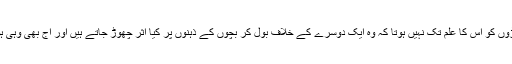
شائد بڑوں کو اس کا علم تک نہیں ہوتا کہ وہ ایک دوسرے کے خلاف بول کر بچوں کے ذہنوں پر کیا اثر چھوڑ جاتے ہیں اور آج بھی وہی ہوا تھا ۔